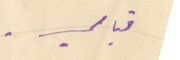
قيامي.